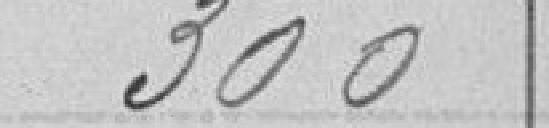
300